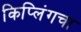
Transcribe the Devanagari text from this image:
किप्लिंगचा